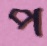
প